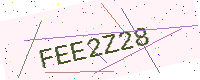
Text: FEE2Z28